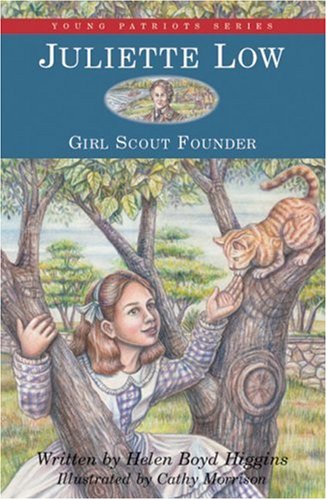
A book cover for Juliette Low: Girl Scout Founder (Young Patriots series); Helen Boyd Higgins; Children's Books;